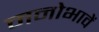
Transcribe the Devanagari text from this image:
मनोभावें